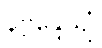
နိဗ္ဗိန္ဒေယျုံ